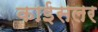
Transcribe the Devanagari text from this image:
काईसलर